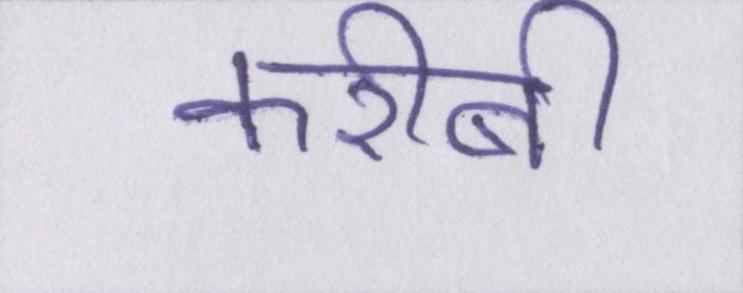
करीबी